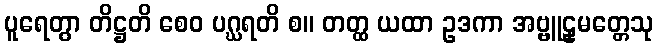
ပူရေတွာ တိဋ္ဌတိ စေဝ ပဂ္ဃရတိ စ။ တတ္ထ ယထာ ဥဒကာ အဗ္ဗူဠှမတ္တေသု